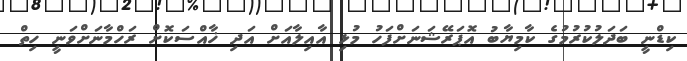
ކިޑްނީ ބަދަލުކުރުމުގެ ކާމިޔާބު އޮޕަރޭޝަނަށްފަހު މުޅި އާއިލާއަށް އަދި ޚާއްސަކޮށް ރަހްމާނަށްވަނީ ހިތް